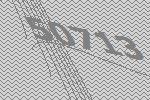
50713